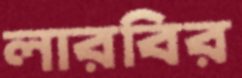
লারবির